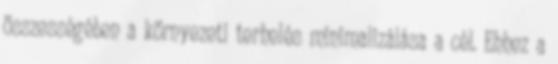
összességében a környezeti terhelés minimalizálása a cél. Ehhez a